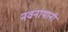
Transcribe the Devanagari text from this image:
नवनाथानी